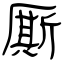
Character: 厮